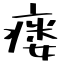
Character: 瘘